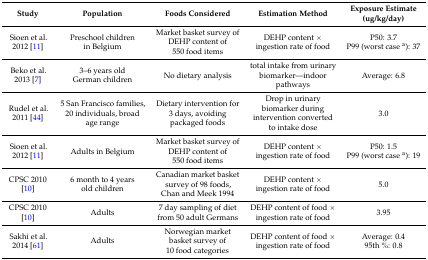
<table><thead><tr><td><b>Study</b></td><td><b>Population</b></td><td><b>Foods Considered</b></td><td><b>Estimation Method</b></td><td><b>Exposure Estimate (ug/kg/d)</b></td></tr></thead><tbody><tr><td>Sioen et al. 2012 [11]</td><td>Preschool children in Belgium</td><td>Market basket survey of DEHP content of 550 food items</td><td>DEHP content × ingestion rate of food</td><td>P50: 3.7 P99 (worst case <sup>a</sup>): 37</td></tr><tr><td>Beko et al. 2013 [7]</td><td>3–6 years old German children</td><td>No dietary analysis </td><td>total intake from urinary biomarker—indoor pathways</td><td>Average: 6.8</td></tr><tr><td>Rudel et al. 2011 [44]</td><td>5 San Francisco families, 20 individuals, broad age range</td><td>Dietary intervention for 3 days, avoiding packaged foods </td><td>Drop in urinary biomarker during intervention converted to intake dose</td><td>3.0 </td></tr><tr><td>Sioen et al. 2012 [11]</td><td>Adults in Belgium</td><td>Market basket survey of DEHP content of 550 food items</td><td>DEHP content × ingestion rate of food</td><td>P50: 1.5 P99 (worst case <sup>a</sup>): 19</td></tr><tr><td>CPSC 2010 [10]</td><td>6 month to 4 years old children </td><td>Canadian market basket survey of 98 foods, Chan and Meek 1994</td><td>DEHP content × ingestion rate of food</td><td>5.0</td></tr><tr><td>CPSC 2010 [10]</td><td>Adults </td><td>7 day sampling of diet from 50 adult Germans</td><td>DEHP content of food × ingestion rate of food</td><td>3.95 </td></tr><tr><td>Sakhi et al. 2014 [61]</td><td>Adults</td><td>Norwegian market basket survey of 10 food categories</td><td>DEHP content of food × ingestion rate of food</td><td>Average: 0.4 95th %: 0.8</td></tr></tbody></table>